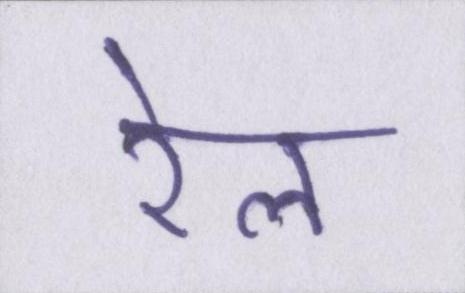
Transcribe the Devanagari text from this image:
रेल